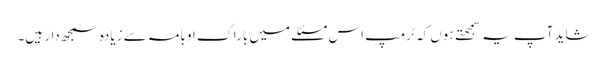
شاید آپ یہ سمجهتے ہوں کہ ٹرمپ اس مسئلے میں باراک اوبامہ سے زیادہ سمجھ دار ہیں۔